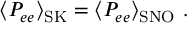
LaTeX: \langle P _ { e e } \rangle _ { \mathrm { S K } } = \langle P _ { e e } \rangle _ { \mathrm { S N O } } ~ .